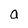
Character: a